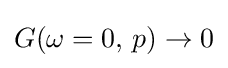
G(\omega =0,\,p)\to 0